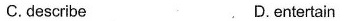
C.describe D.entertain